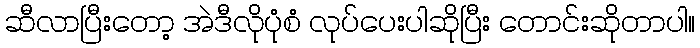
ဆီလာပြီးတော့ အဲဒီလိုပုံစံ လုပ်ပေးပါဆိုပြီး တောင်းဆိုတာပါ။